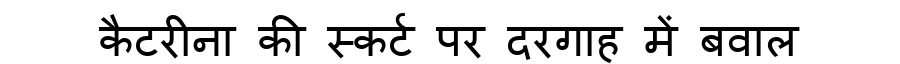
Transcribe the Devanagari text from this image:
कैटरीना की स्कर्ट पर दरगाह में बवाल